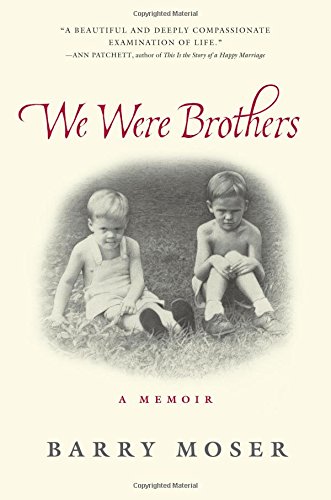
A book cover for We Were Brothers; Barry Moser; Parenting & Relationships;